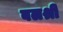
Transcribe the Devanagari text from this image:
बलश्री